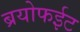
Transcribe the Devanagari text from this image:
ब्रयोफईट